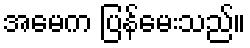
အမေက ပြန်မေးသည်။